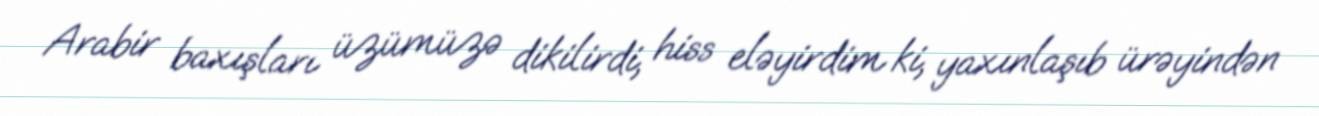
Arabir baxışları üzümüzə dikilirdi, hiss eləyirdim ki, yaxınlaşıb ürəyindən